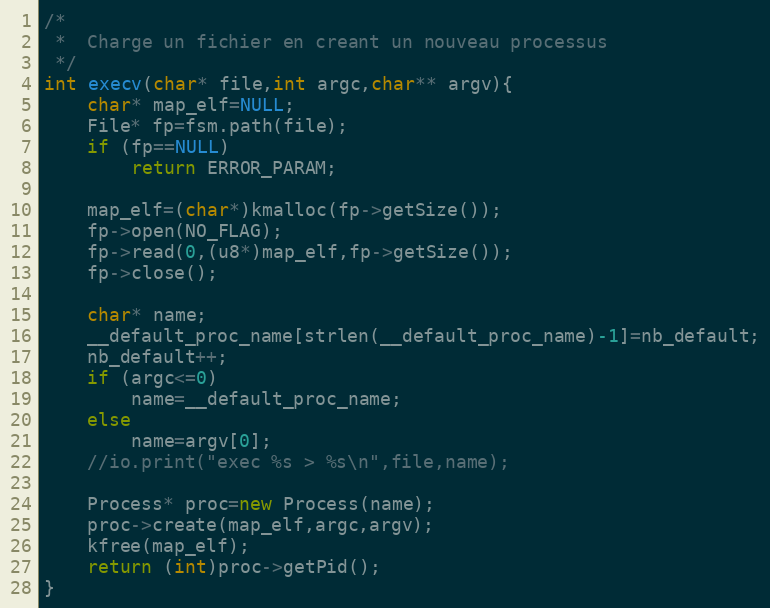
Language: C++
/*
 *	Charge un fichier en creant un nouveau processus
 */
int execv(char* file,int argc,char** argv){
	char* map_elf=NULL;
	File* fp=fsm.path(file);
	if (fp==NULL)
		return ERROR_PARAM;

	map_elf=(char*)kmalloc(fp->getSize());
	fp->open(NO_FLAG);
	fp->read(0,(u8*)map_elf,fp->getSize());
	fp->close();

	char* name;
	__default_proc_name[strlen(__default_proc_name)-1]=nb_default;
	nb_default++;
	if (argc<=0)
		name=__default_proc_name;
	else
		name=argv[0];
	//io.print("exec %s > %s\n",file,name);

	Process* proc=new Process(name);
	proc->create(map_elf,argc,argv);
	kfree(map_elf);
	return (int)proc->getPid();
}